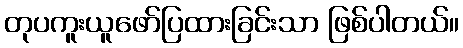
တုပကူးယူဖော်ပြထားခြင်းသာ ဖြစ်ပါတယ်။